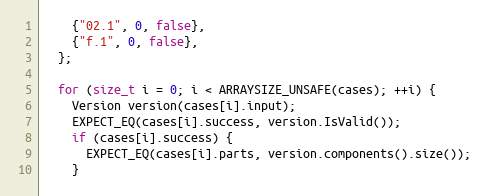
Language: C++
    {"02.1", 0, false},
    {"f.1", 0, false},
  };

  for (size_t i = 0; i < ARRAYSIZE_UNSAFE(cases); ++i) {
    Version version(cases[i].input);
    EXPECT_EQ(cases[i].success, version.IsValid());
    if (cases[i].success) {
      EXPECT_EQ(cases[i].parts, version.components().size());
    }